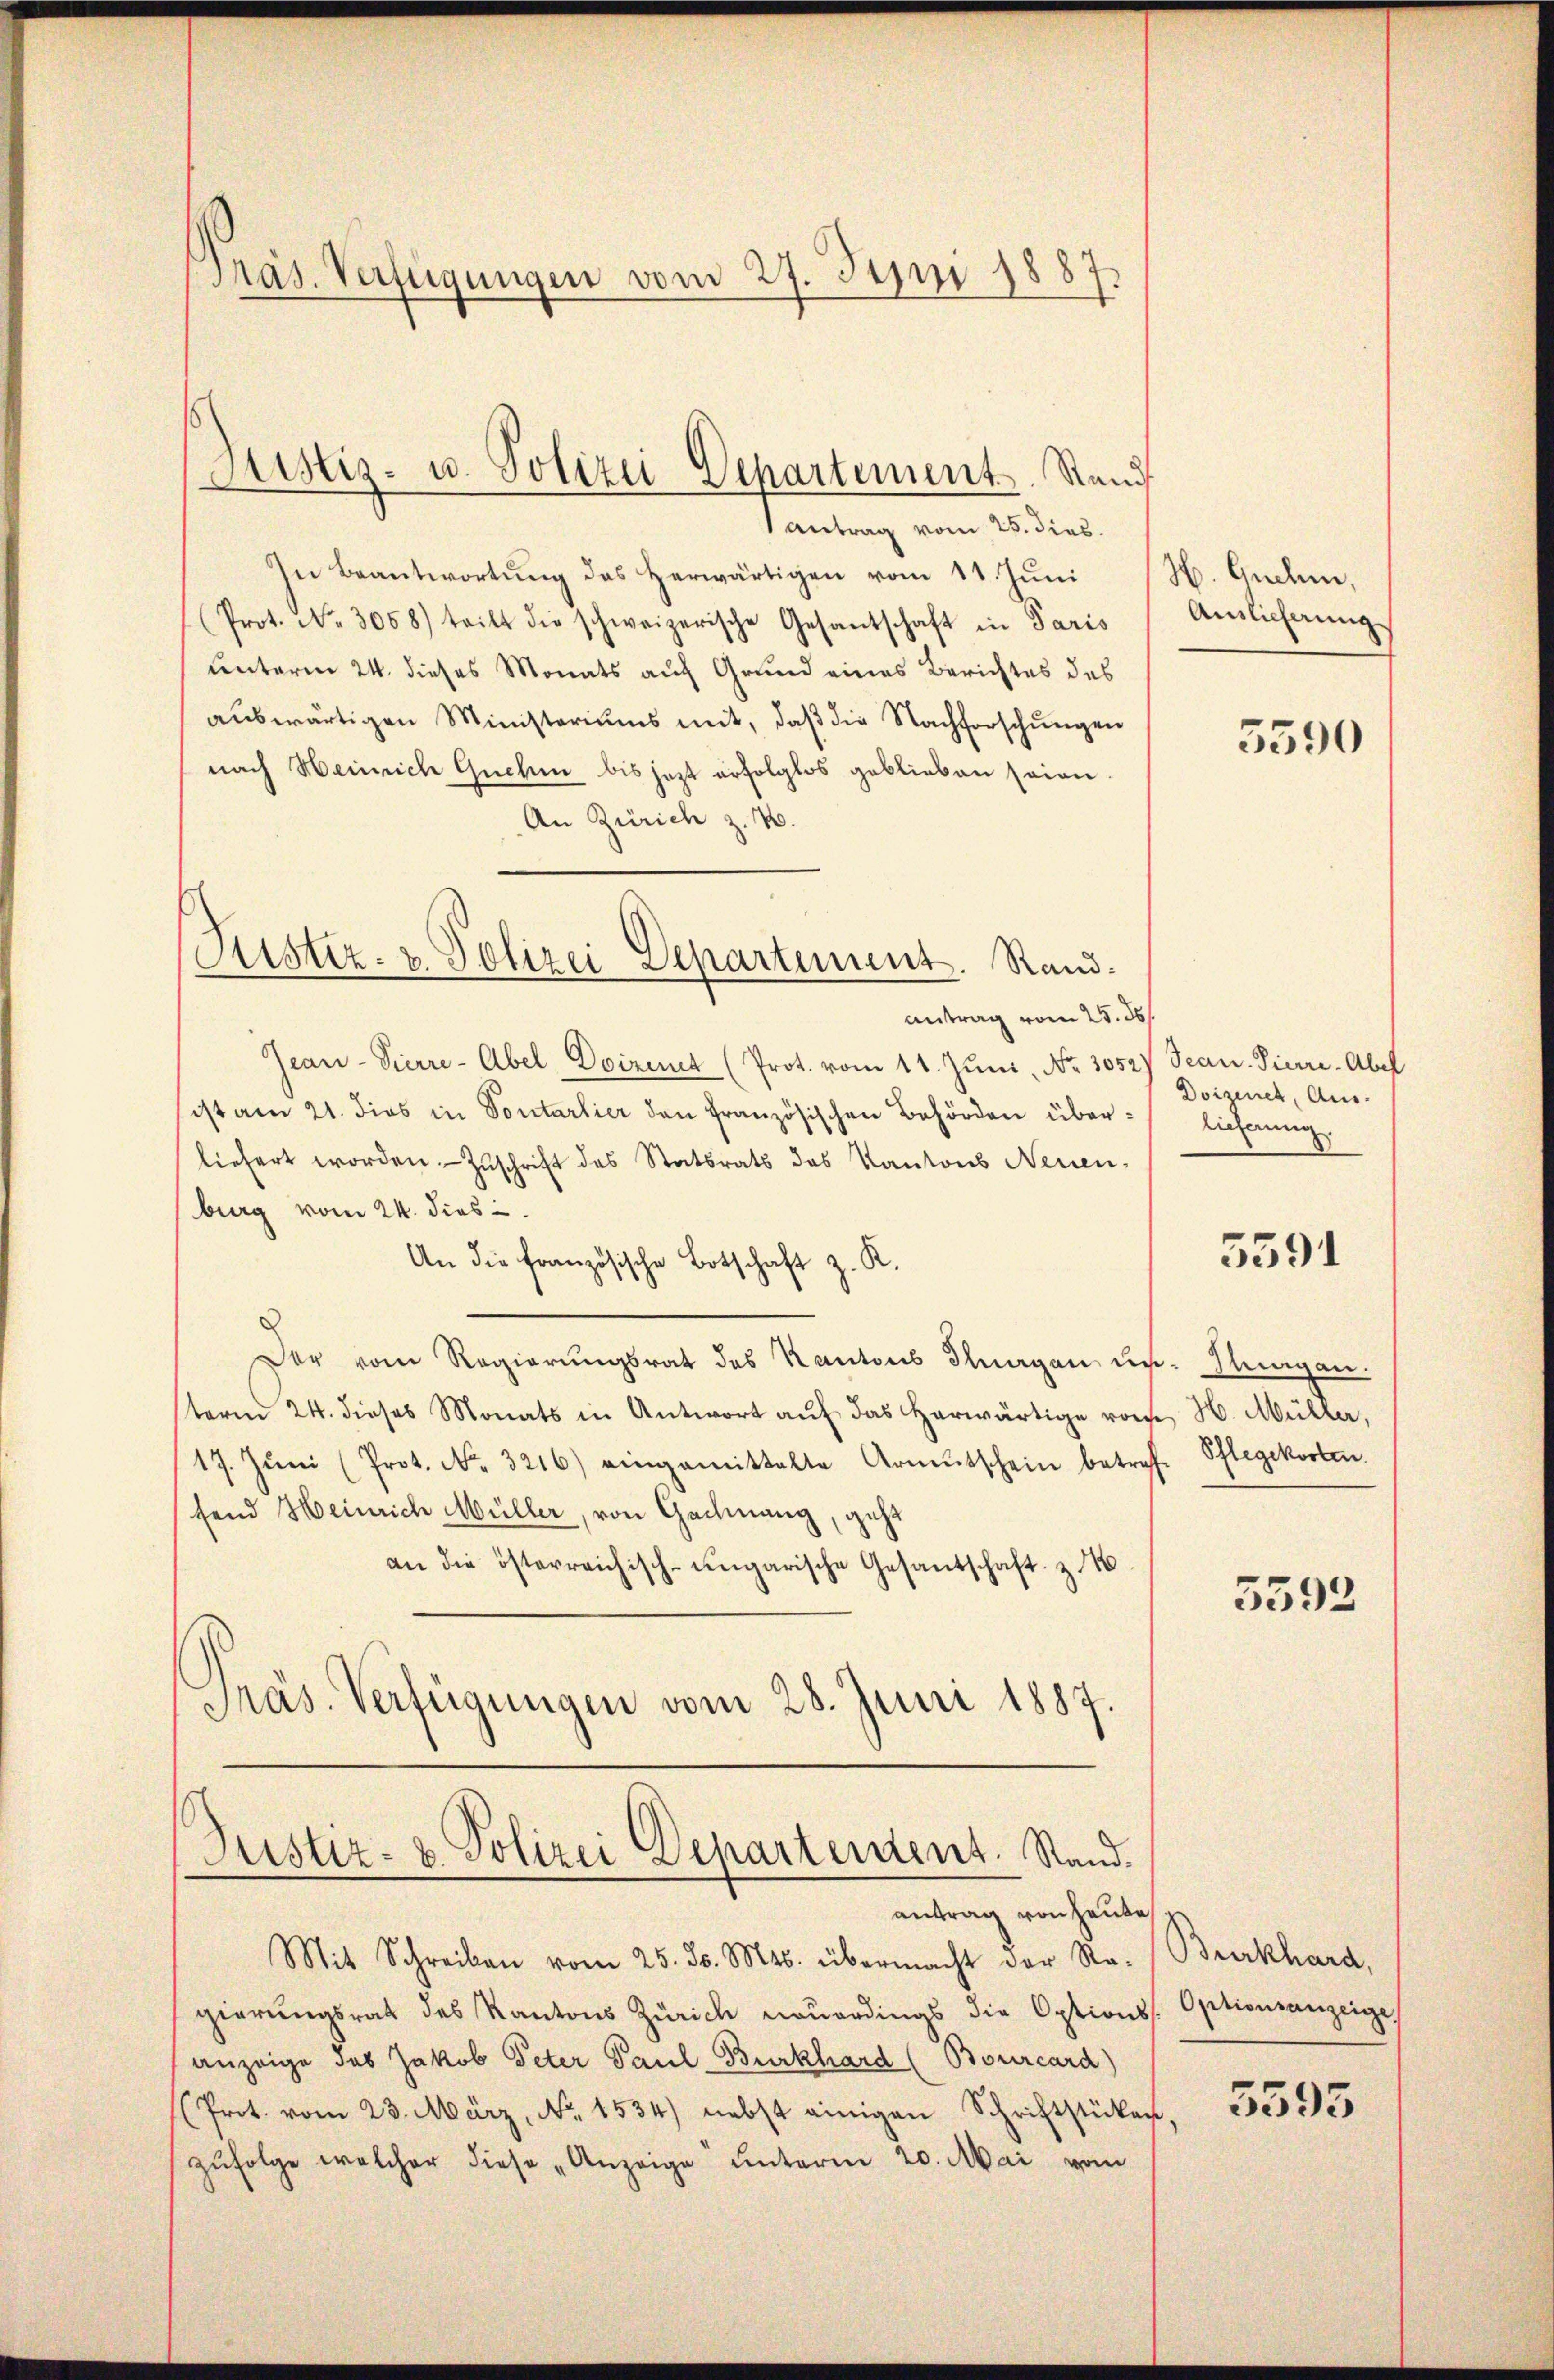
Präs. Verfügungen vom 27. Juni 1887.

antrag vom 25. dies
In Beantwortung des Herwärtigen vom 11. Juni
(Prot. No. 3058) teilt die schweizerische Gesantschaft in Paris
unterm 24. dieses Monats auf Grund eines Berichtes des
auswärtigen Ministeriums mit, daβ die Nachforschungen
nach Heinrich Guchin bis jezt erfolglos geblieben seien
An Zürich z. B.
antrag vom 25. ds.
Gean-Pierre-Abel, Doiremt (Prot. vom 11. Jŭni No 1052) Sean Pierre. Abe
ist am 21. dies in Sontarlier den französischen Behörden überliefert worden Zuschrift des Statsrats des Kantons Neuen,
burg vom 24. dies
An die französische Botschaft z. R.
Der vom Regierungsrat des Kantons Thurgau un- Flurgau.
sterm 24. dieses Monats in Antwort aŭf das herwärtige vom H. Müller,
17. Jŭni (Prot. No. 3216) eingemittelte Armutschein betrof. Schlegekosten.
fend Heinrich Müller, von Gachnang, geht
an die österreichisch-ungarische Gesantschaft z. 1
Präs. Verfügungen vom 28. Juni 1887.

Sistiz- u. Polizei Departement. Stand

Justiz- & Polizei Departement. Rand¬

(Justiz- & Polizei Departement. Stand.
antrag von heute

Mit Schreiben vom 25. d. Mts. übermacht der Str. Burkhard,
gierŭngsrat des Kantons Zürich neŭerdings die Options. Optionsanzeige
anzeige das Jakob Peter Paul Burkhard (Bourcard)
(Prot. vom 23. März, No. 1534) nebst einigen Schriftstücken.
zŭfolge welcher diese Anzeige unterm 20. Mai vom

H. Gnehme,
Auslieferung

5390

Doizener, Aus-
licherung.

5591

5392

5595